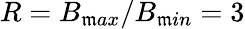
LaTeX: R=B_{\mathfrak{m}ax}/B_{\mathfrak{m}in}=3